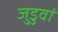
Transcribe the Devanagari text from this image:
जुडुवां